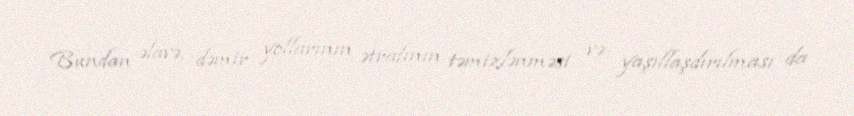
Bundan əlavə, dəmir yollarının ətrafının təmizlənməsi və yaşıllaşdırılması da